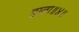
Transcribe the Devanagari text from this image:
हाता॥४॥